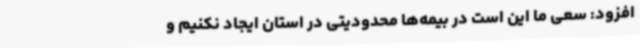
افزود: سعی ما این است در بیمه‌ها محدودیتی در استان ایجاد نکنیم و